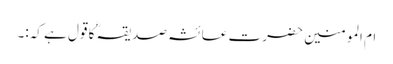
ام المومنین حضرت عائشہ صدیقہؓ کا قول ہے کہ:۔